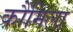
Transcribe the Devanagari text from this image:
कौमिला